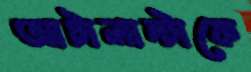
আটালান্টাকে